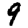
Digit: 9